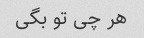
هر چی تو بگی